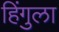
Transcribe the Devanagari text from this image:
हिंगुला